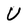
Character: U